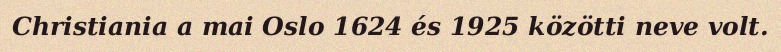
Christiania a mai Oslo 1624 és 1925 közötti neve volt.